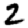
Digit: 2